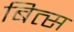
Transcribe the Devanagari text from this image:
बित्स